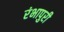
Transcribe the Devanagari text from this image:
रंभापुरी